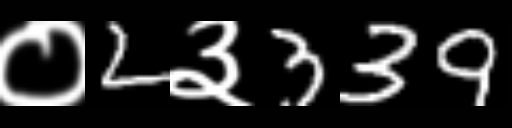
Text: ०2३339